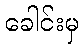
ခေါင်းမှ